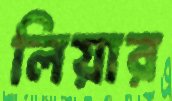
লিয়ার